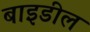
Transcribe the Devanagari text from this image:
बाइडील